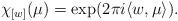
LaTeX: \begin{align*} \chi_{[w]}(\mu)=\exp(2\pi i\langle w,\mu \rangle). \end{align*}